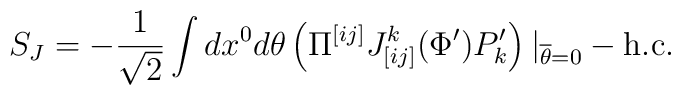
S_J=-{1\over\sqrt2} \int dx^0 d\theta \left(\Pi^{[ij]}J_{[ij]}^k(\Phi')P_k'\right)|_{\overline{\theta}=0} -{\rm h.c.}